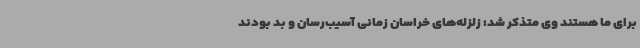
برای ما هستند وی متذکر شد: زلزله‌های خراسان زمانی آسیب‌رسان و بد بودند